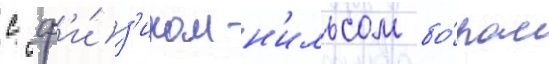
с ф'и́з'иком н'ильсом бо́ром